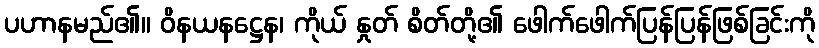
ပဟာနမည်၏။ ဝိနယနဋ္ဌေန၊ ကိုယ် နှုတ် စိတ်တို့၏ ဖေါက်ဖေါက်ပြန်ပြန်ဖြစ်ခြင်းကို